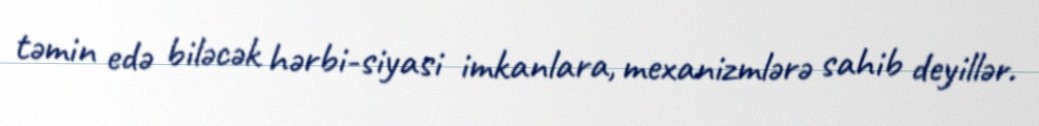
təmin edə biləcək hərbi-siyasi imkanlara, mexanizmlərə sahib deyillər.